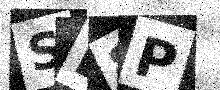
Text: SD8P